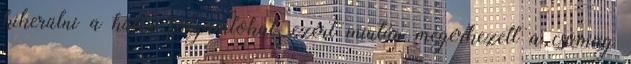
kikerülni a hülési folyamtokat, ezért miután megérkezett a csomag